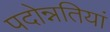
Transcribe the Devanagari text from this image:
पदोन्नतियां